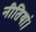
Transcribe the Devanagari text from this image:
नीतियां।